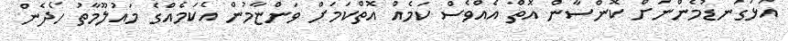
އަޅުގަނޑުމެންނަށް ކޮންސާން އޮތް އެއްވެސް ކަމެއް އޮތްކަމަށް ވަންޏާމުން އެކަމެއްގެ މައުލޫމާތު ހޯދެން